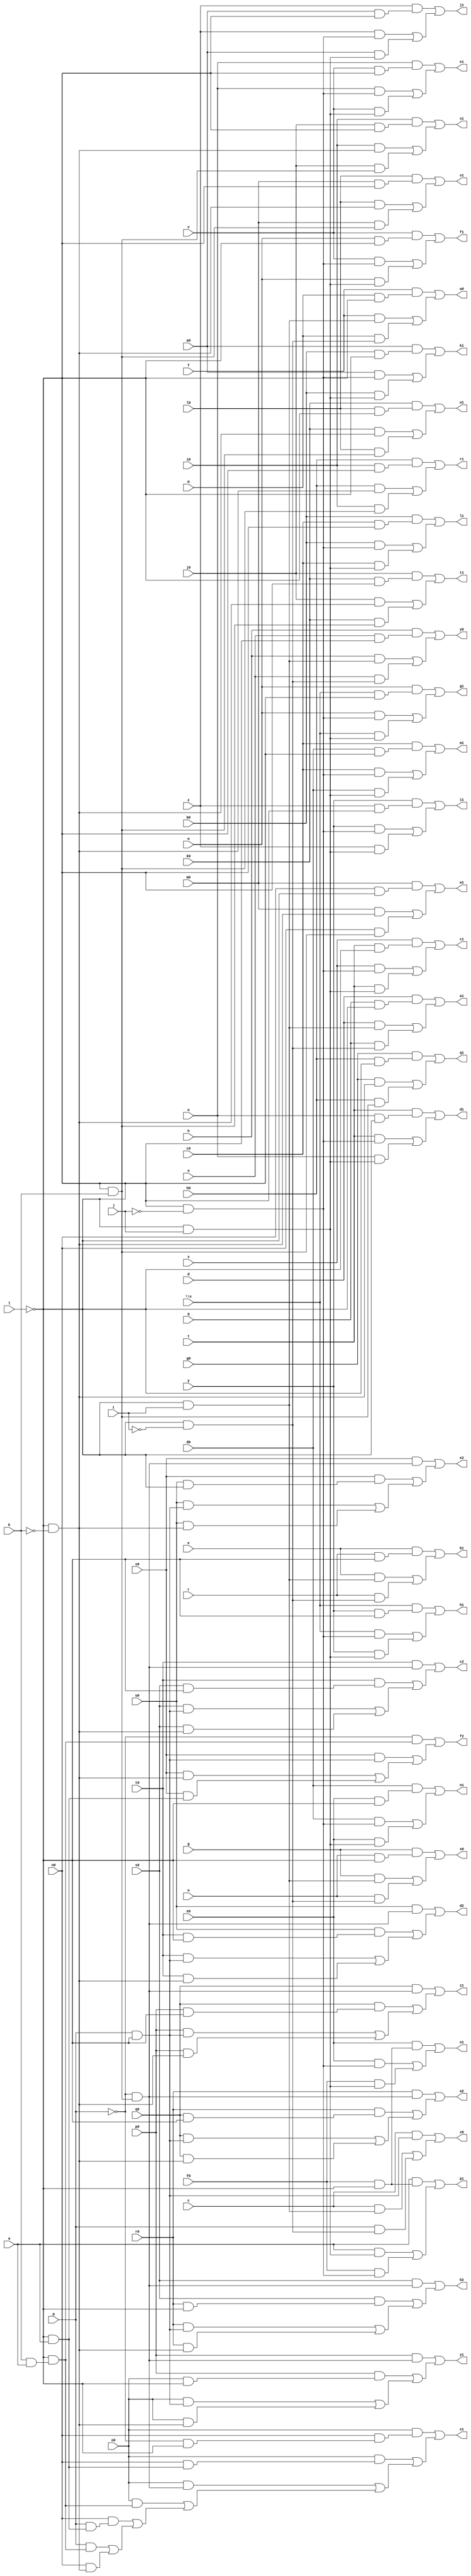
// IWLS benchmark module "cht" printed on Wed May 29 16:31:27 2002
module cht(a, c, d, e, f, g, h, i, j, k, l, m, n, o, p, q, r, s, t, u, v, w, \x , y, z, a0, b0, c0, d0, e0, f0, g0, h0, i0, j0, k0, l0, m0, n0, o0, p0, q0, r0, s0, t0, u0, v0, w0, x0, y0, z0, a1, b1, c1, d1, e1, f1, g1, h1, i1, j1, k1, l1, m1, n1, o1, p1, q1, r1, s1, t1, u1, v1, w1, x1, y1, z1, a2, b2, c2, d2, e2, f2);
input
  a,
  c,
  d,
  e,
  f,
  g,
  h,
  i,
  j,
  k,
  l,
  m,
  n,
  o,
  p,
  q,
  r,
  s,
  t,
  u,
  v,
  w,
  \x ,
  y,
  z,
  a0,
  b0,
  c0,
  d0,
  e0,
  f0,
  g0,
  h0,
  i0,
  j0,
  k0,
  l0,
  m0,
  n0,
  o0,
  p0,
  q0,
  r0,
  s0,
  t0,
  u0,
  v0;
output
  a1,
  a2,
  b1,
  b2,
  c1,
  c2,
  d1,
  d2,
  e1,
  e2,
  f1,
  f2,
  g1,
  h1,
  i1,
  j1,
  k1,
  l1,
  m1,
  n1,
  o1,
  p1,
  q1,
  r1,
  s1,
  t1,
  u1,
  v1,
  w0,
  w1,
  x0,
  x1,
  y0,
  y1,
  z0,
  z1;
wire
  \[5] ,
  \[6] ,
  \[7] ,
  \[8] ,
  \[9] ,
  \[20] ,
  \[21] ,
  \[22] ,
  \[23] ,
  \[24] ,
  \[25] ,
  \[26] ,
  \[27] ,
  \[28] ,
  \[29] ,
  \[30] ,
  \[31] ,
  \[32] ,
  \[33] ,
  \[34] ,
  \[35] ,
  \[10] ,
  \[11] ,
  \[12] ,
  \[13] ,
  \[14] ,
  \[15] ,
  \[0] ,
  \[16] ,
  \[1] ,
  \[17] ,
  \[2] ,
  \[18] ,
  \[3] ,
  \[19] ,
  \[4] ;
assign
  \[5]  = (e & (r & ~l)) | ((e & (~l & i)) | (r & (~l & ~i))),
  \[6]  = (s & (t & ~l)) | ((s & (~l & ~j)) | (t & (~l & j))),
  \[7]  = (t & (u & ~l)) | ((t & (~l & ~j)) | (u & (~l & j))),
  \[8]  = (u & (v & ~l)) | ((u & (~l & ~j)) | (v & (~l & j))),
  \[9]  = (v & (w & ~l)) | ((v & (~l & ~j)) | (w & (~l & j))),
  \[20]  = (g0 & (h0 & ~l)) | ((g0 & (~l & ~k)) | (h0 & (~l & k))),
  \[21]  = (h0 & (i0 & ~l)) | ((h0 & (~l & ~k)) | (i0 & (~l & k))),
  \[22]  = (i0 & (j0 & ~l)) | ((i0 & (~l & ~k)) | (j0 & (~l & k))),
  \[23]  = (j0 & (k0 & ~l)) | ((j0 & (~l & ~k)) | (k0 & (~l & k))),
  \[24]  = (k0 & (l0 & ~l)) | ((k0 & (~l & ~k)) | (l0 & (~l & k))),
  \[25]  = (l0 & (m0 & ~l)) | ((l0 & (~l & ~k)) | (m0 & (~l & k))),
  \[26]  = (m0 & (n0 & ~l)) | ((m0 & (~l & ~k)) | (n0 & (~l & k))),
  \[27]  = (o0 & (n0 & (~p & ~l))) | ((o0 & (n0 & (~l & a))) | ((o0 & (~p & (~l & k))) | ((o0 & (~l & (k & a))) | ((n0 & (p & (~l & a))) | ((p & (~l & (k & a))) | (n0 & (~l & ~k))))))),
  \[28]  = (p0 & (~p & (~l & k))) | ((p0 & (o0 & ~l)) | ((o0 & (p & ~l)) | (o0 & (~l & ~k)))),
  \[29]  = (q0 & (~p & (~l & k))) | ((q0 & (p0 & ~l)) | ((p0 & (p & ~l)) | (p0 & (~l & ~k)))),
  a1 = \[4] ,
  a2 = \[30] ,
  b1 = \[5] ,
  b2 = \[31] ,
  c1 = \[6] ,
  c2 = \[32] ,
  d1 = \[7] ,
  d2 = \[33] ,
  e1 = \[8] ,
  e2 = \[34] ,
  f1 = \[9] ,
  f2 = \[35] ,
  g1 = \[10] ,
  \[30]  = (r0 & (~p & (~l & k))) | ((r0 & (q0 & ~l)) | ((q0 & (p & ~l)) | (q0 & (~l & ~k)))),
  h1 = \[11] ,
  \[31]  = (s0 & (~p & (~l & k))) | ((s0 & (r0 & ~l)) | ((r0 & (p & ~l)) | (r0 & (~l & ~k)))),
  i1 = \[12] ,
  \[32]  = (t0 & (~p & (~l & k))) | ((t0 & (s0 & ~l)) | ((s0 & (p & ~l)) | (s0 & (~l & ~k)))),
  j1 = \[13] ,
  \[33]  = (u0 & (~p & (~l & k))) | ((u0 & (t0 & ~l)) | ((t0 & (p & ~l)) | (t0 & (~l & ~k)))),
  k1 = \[14] ,
  \[34]  = (v0 & (~p & (~l & k))) | ((v0 & (u0 & ~l)) | ((u0 & (p & ~l)) | (u0 & (~l & ~k)))),
  l1 = \[15] ,
  \[35]  = (~p & (~l & (k & a))) | ((v0 & (p & ~l)) | ((v0 & (~l & ~k)) | (v0 & (~l & a)))),
  m1 = \[16] ,
  n1 = \[17] ,
  o1 = \[18] ,
  p1 = \[19] ,
  q1 = \[20] ,
  \[10]  = (w & (\x  & ~l)) | ((w & (~l & ~j)) | (\x  & (~l & j))),
  r1 = \[21] ,
  \[11]  = (\x  & (y & ~l)) | ((\x  & (~l & ~j)) | (y & (~l & j))),
  s1 = \[22] ,
  \[12]  = (y & (z & ~l)) | ((y & (~l & ~j)) | (z & (~l & j))),
  t1 = \[23] ,
  \[13]  = (z & (a0 & ~l)) | ((z & (~l & ~j)) | (a0 & (~l & j))),
  u1 = \[24] ,
  \[14]  = (a0 & (b0 & ~l)) | ((a0 & (~l & ~j)) | (b0 & (~l & j))),
  v1 = \[25] ,
  \[15]  = (b0 & (c0 & ~l)) | ((b0 & (~l & ~j)) | (c0 & (~l & j))),
  \[0]  = (f & (m & ~l)) | ((f & (~l & i)) | (m & (~l & ~i))),
  w0 = \[0] ,
  w1 = \[26] ,
  \[16]  = (c0 & (d0 & ~l)) | ((c0 & (~l & ~j)) | (d0 & (~l & j))),
  \[1]  = (g & (n & ~l)) | ((g & (~l & i)) | (n & (~l & ~i))),
  x0 = \[1] ,
  x1 = \[27] ,
  \[17]  = (d0 & (e0 & ~l)) | ((d0 & (~l & ~j)) | (e0 & (~l & j))),
  \[2]  = (h & (o & ~l)) | ((h & (~l & i)) | (o & (~l & ~i))),
  y0 = \[2] ,
  y1 = \[28] ,
  \[18]  = (e0 & (f0 & ~l)) | ((e0 & (~l & ~j)) | (f0 & (~l & j))),
  \[3]  = (c & (p & ~l)) | ((c & (~l & i)) | (p & (~l & ~i))),
  z0 = \[3] ,
  z1 = \[29] ,
  \[19]  = (a & (f0 & ~l)) | ((a & (~l & j)) | (f0 & (~l & ~j))),
  \[4]  = (d & (q & ~l)) | ((d & (~l & i)) | (q & (~l & ~i)));
endmodule